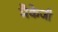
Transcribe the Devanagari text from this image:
मैकेजी